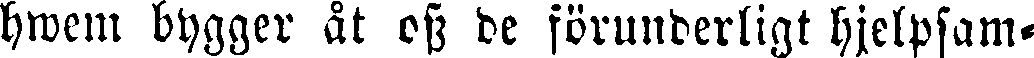
hwcm bygger åt oss de förunderligt hjelpsam-